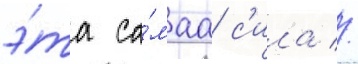
э́та са́маа с'ила //